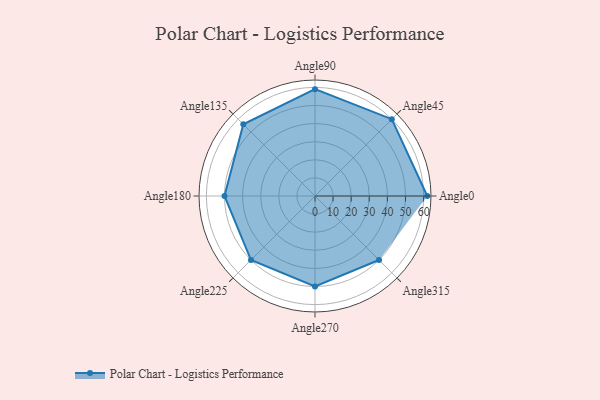
{"axis": {"x": "Angle", "y": "Radius"}, "legend": [""], "data": [{"x": "Angle0", "y": 62.0, "type": ""}, {"x": "Angle45", "y": 60.0, "type": ""}, {"x": "Angle90", "y": 59.0, "type": ""}, {"x": "Angle135", "y": 56.0, "type": ""}, {"x": "Angle180", "y": 50, "type": ""}, {"x": "Angle225", "y": 50, "type": ""}, {"x": "Angle270", "y": 50, "type": ""}, {"x": "Angle315", "y": 50, "type": ""}]}